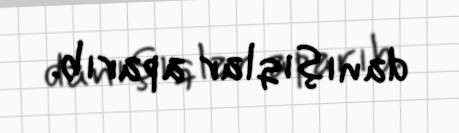
danışıqlar aparıb.